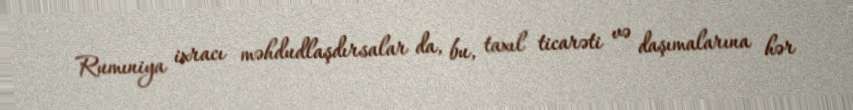
Rumıniya ixracı məhdudlaşdırsalar da, bu, taxıl ticarəti və daşımalarına hər